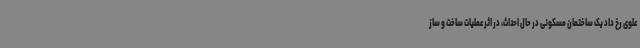
علوی رخ داد یک ساختمان مسکونی در حال احداث، در اثر عملیات ساخت و ساز